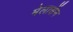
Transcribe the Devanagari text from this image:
मेलासेंन